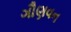
ગૌણવન